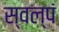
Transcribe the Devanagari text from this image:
स्वल्पं